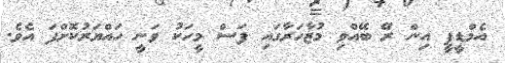
އެމްޑީޕީ އިން ރޭ ބޭއްވި މުޒާހަރާގައި ފަސް މީހަކު ވަނީ ހައްޔަރުކޮށްފަ އެވެ.